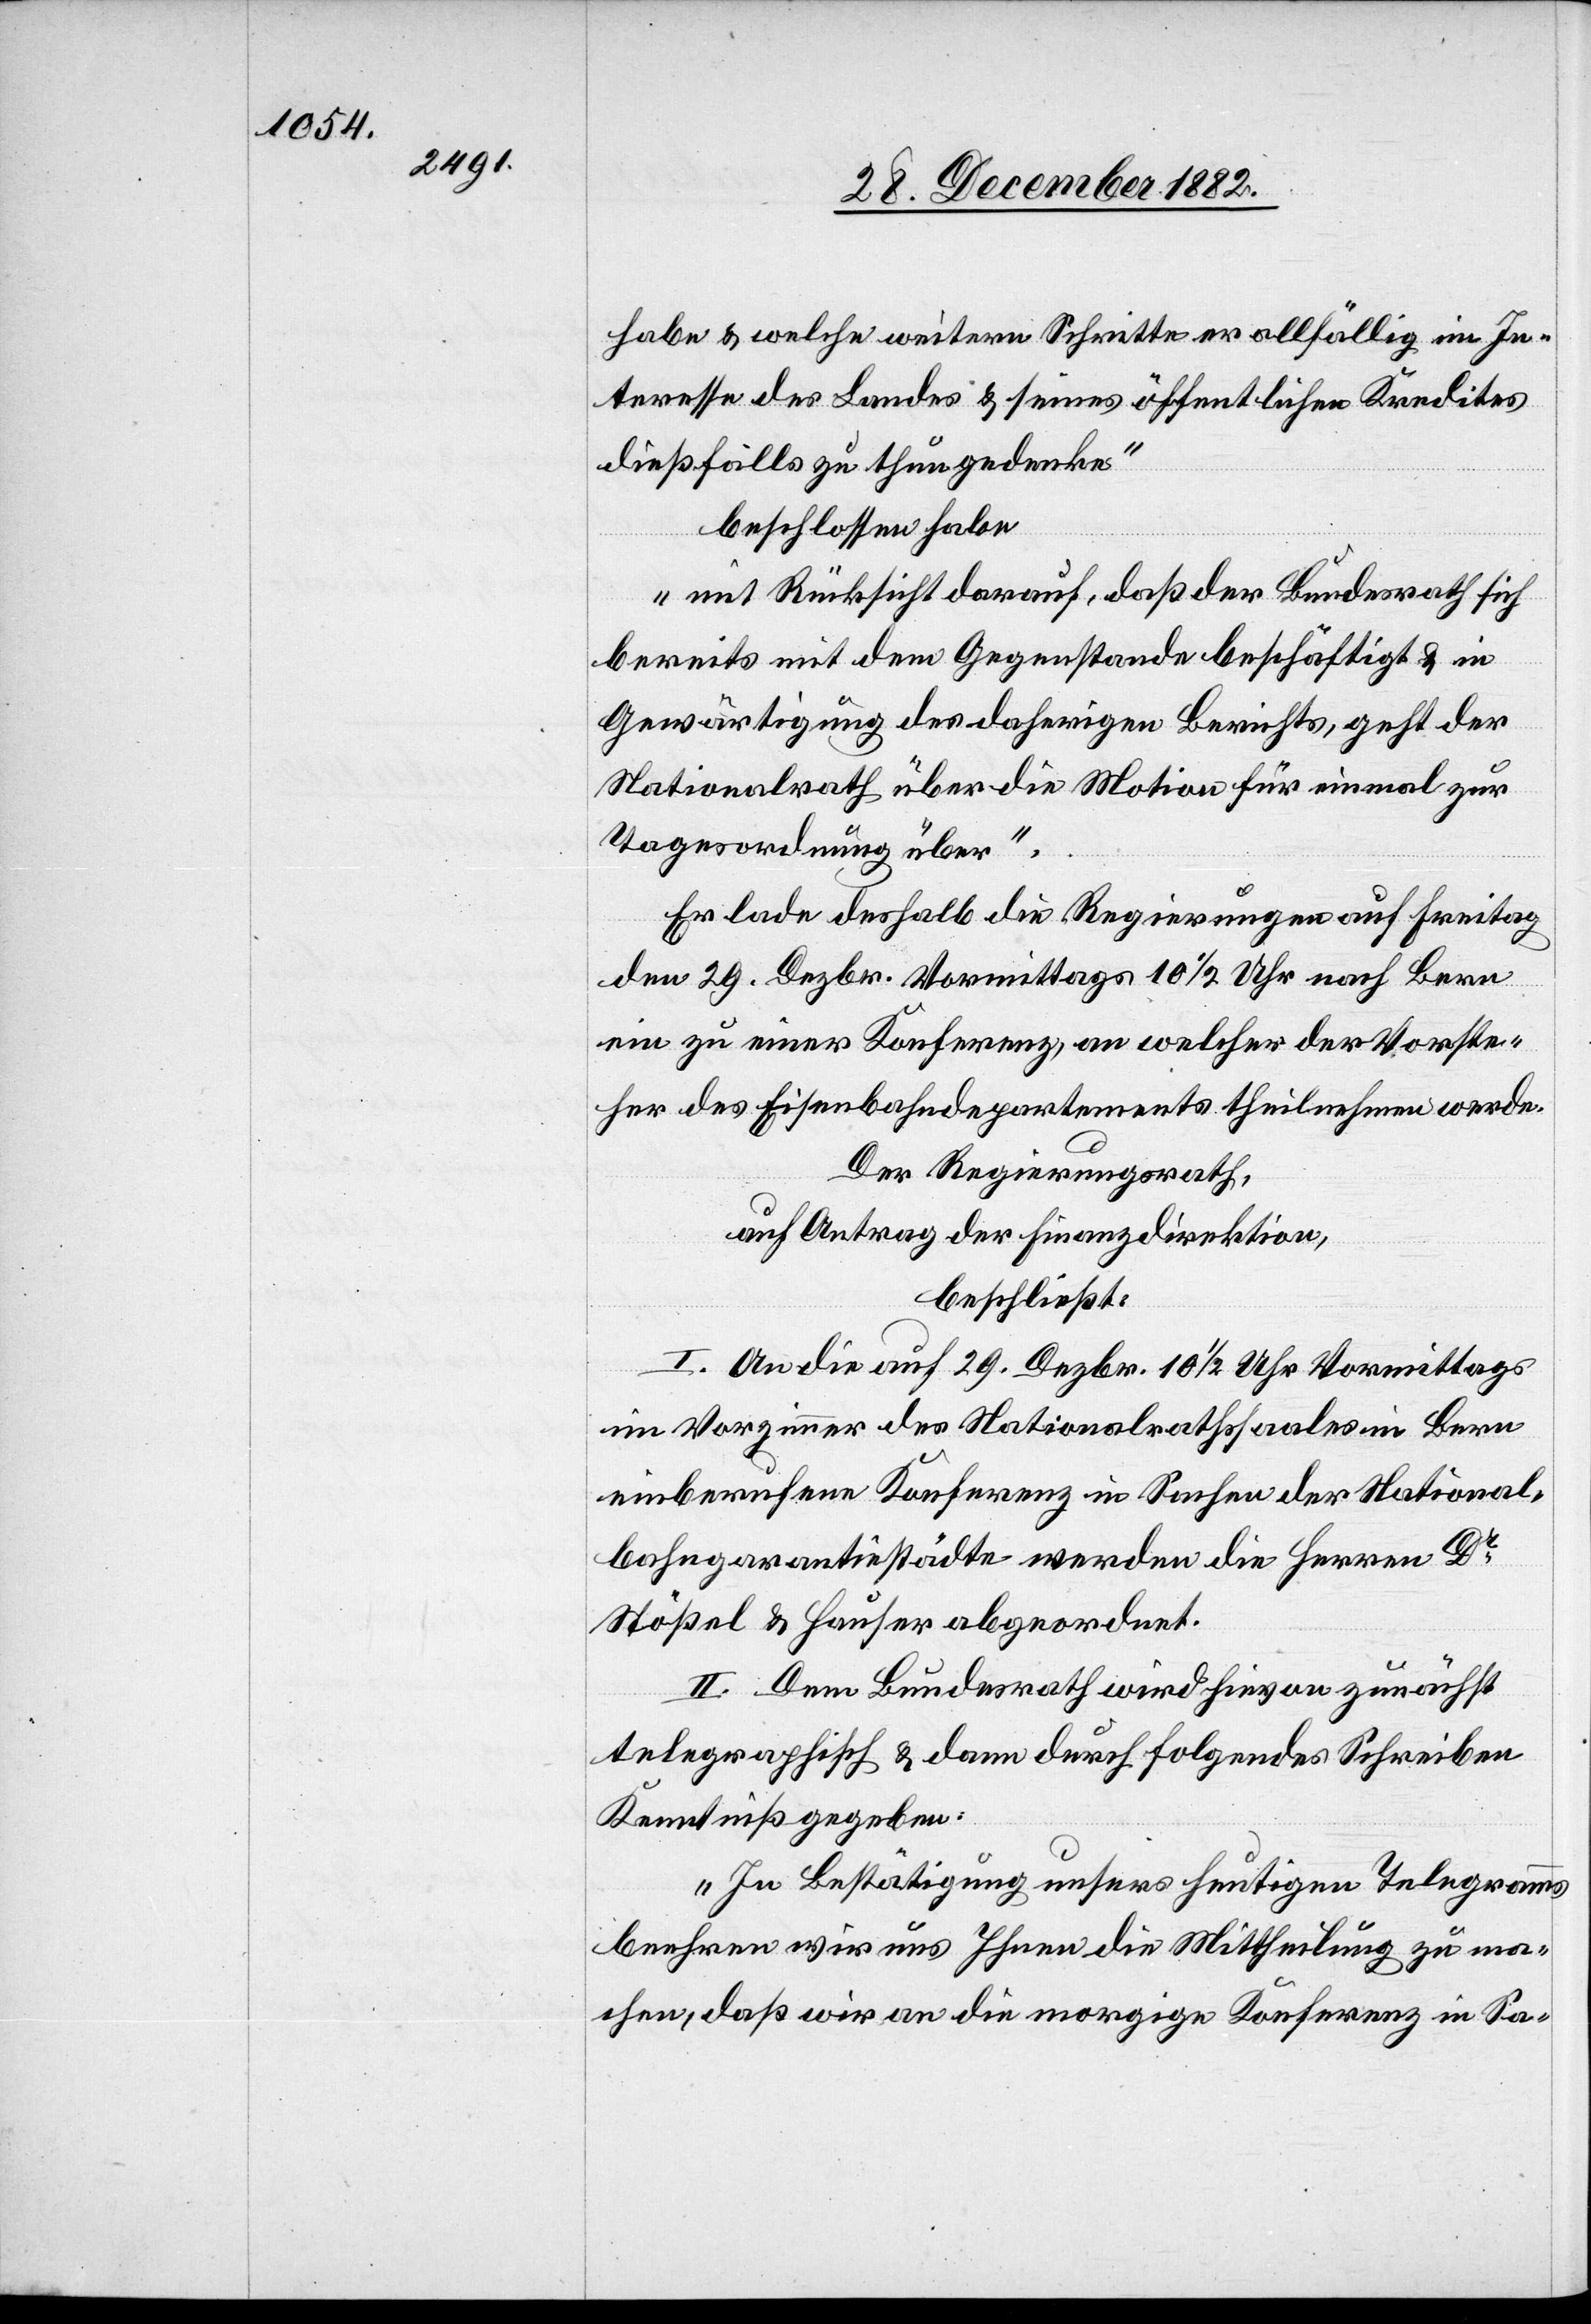
habe & welche weitern Schritte er allfällig im In¬
teresse des Landes & seines öffentlichen Kredites
dießfalls zu thun gedenke“
beschlossen habe
„mit Rücksicht darauf, daß der Bundesrath sich
bereits mit dem Gegenstande beschäftigt & in
Gewärtigung des daherigen Berichts, geht der
Nationalrath über die Motion für einmal zur
Tagesordnung über“.
Er lade deshalb die Regierungen auf Freitag
den 29. Dezbr. Vormittags 10 1/2 Uhr nach Bern
ein zu einer Konferenz, an welcher der Vorste¬
her des Eisenbahndepartements theilnehmen werde.
Der Regierungsrath,
auf Antrag der Finanzdirektion,
beschließt:
I. An die auf 29. Dezbr. 10 1/2 Uhr Vormittags
im Vorzimmer des Nationalrathssaales in Bern
einberufene Konferenz in Sachen der National¬
bahngarantiestädte werden die Herren Dr
Stößel & Hauser abgeordnet.
II. Dem Bundesrath wird hievon zunächst
telegraphisch & dann durch folgendes Schreiben
Kenntniß gegeben:
„In Bestätigung unsers heutigen Telegramms
beehren wir uns Ihnen die Mittheilung zu ma¬
chen, daß wir an die morgige Konferenz in Sa-